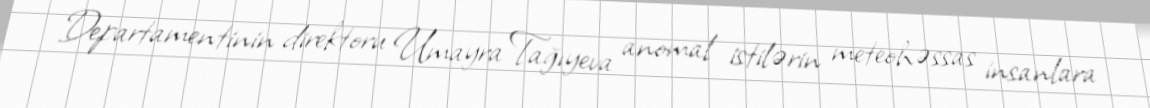
Departamentinin direktoru Umayra Tağıyeva anomal istilərin meteohəssas insanlara